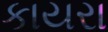
કાયરા